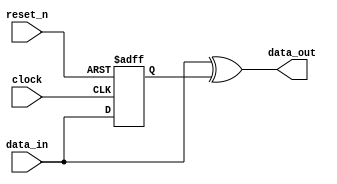
module DE4_SOPC_clock_0_edge_to_pulse (
                                         clock,
                                         data_in,
                                         reset_n,
                                         data_out
                                      )
;
  output           data_out;
  input            clock;
  input            data_in;
  input            reset_n;
  reg              data_in_d1;
  wire             data_out;
  always @(posedge clock or negedge reset_n)
    begin
      if (reset_n == 0)
          data_in_d1 <= 0;
      else 
        data_in_d1 <= data_in;
    end
  assign data_out = data_in ^ data_in_d1;
endmodule